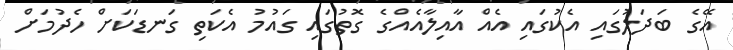
އޭގެ ބަދަލުގައި އެކުގައި އެއް އާއިލާއެއްގެ ގޮތުގައި ގައުމު އެކަތި ގަނޑަކަށް ހެދުމަށް